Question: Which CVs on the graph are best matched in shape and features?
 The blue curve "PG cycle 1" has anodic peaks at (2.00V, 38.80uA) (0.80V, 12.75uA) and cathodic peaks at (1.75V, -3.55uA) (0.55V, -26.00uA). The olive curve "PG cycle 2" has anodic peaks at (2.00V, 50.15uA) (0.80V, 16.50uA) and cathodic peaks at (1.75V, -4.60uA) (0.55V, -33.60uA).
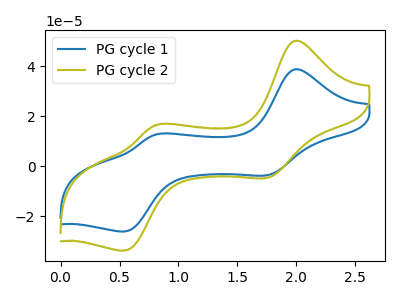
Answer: <think>All the peaks in "PG cycle 1" have a peak in "PG cycle 2" at the same potential. Every peak in "PG cycle 1" is lower than every peak in "PG cycle 2".
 </think>
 <answer>"PG cycle 1" and "PG cycle 2" have the same shape and are likely CV's of the same chemical.</answer>
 <eval>"PG cycle 1" "PG cycle 2"</eval>